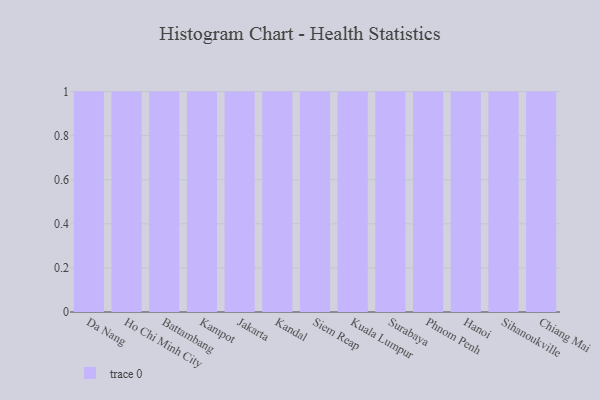
{"axis": {"x": "City", "y": "Production Output"}, "legend": [""], "data": [{"x": "Da Nang", "y": 70, "type": ""}, {"x": "Ho Chi Minh City", "y": 25, "type": ""}, {"x": "Battambang", "y": 19, "type": ""}, {"x": "Kampot", "y": 3, "type": ""}, {"x": "Jakarta", "y": 25, "type": ""}, {"x": "Kandal", "y": 35, "type": ""}, {"x": "Siem Reap", "y": 77, "type": ""}, {"x": "Kuala Lumpur", "y": 87, "type": ""}, {"x": "Surabaya", "y": 78, "type": ""}, {"x": "Phnom Penh", "y": 1, "type": ""}, {"x": "Hanoi", "y": 36, "type": ""}, {"x": "Sihanoukville", "y": 4, "type": ""}, {"x": "Chiang Mai", "y": 77, "type": ""}]}